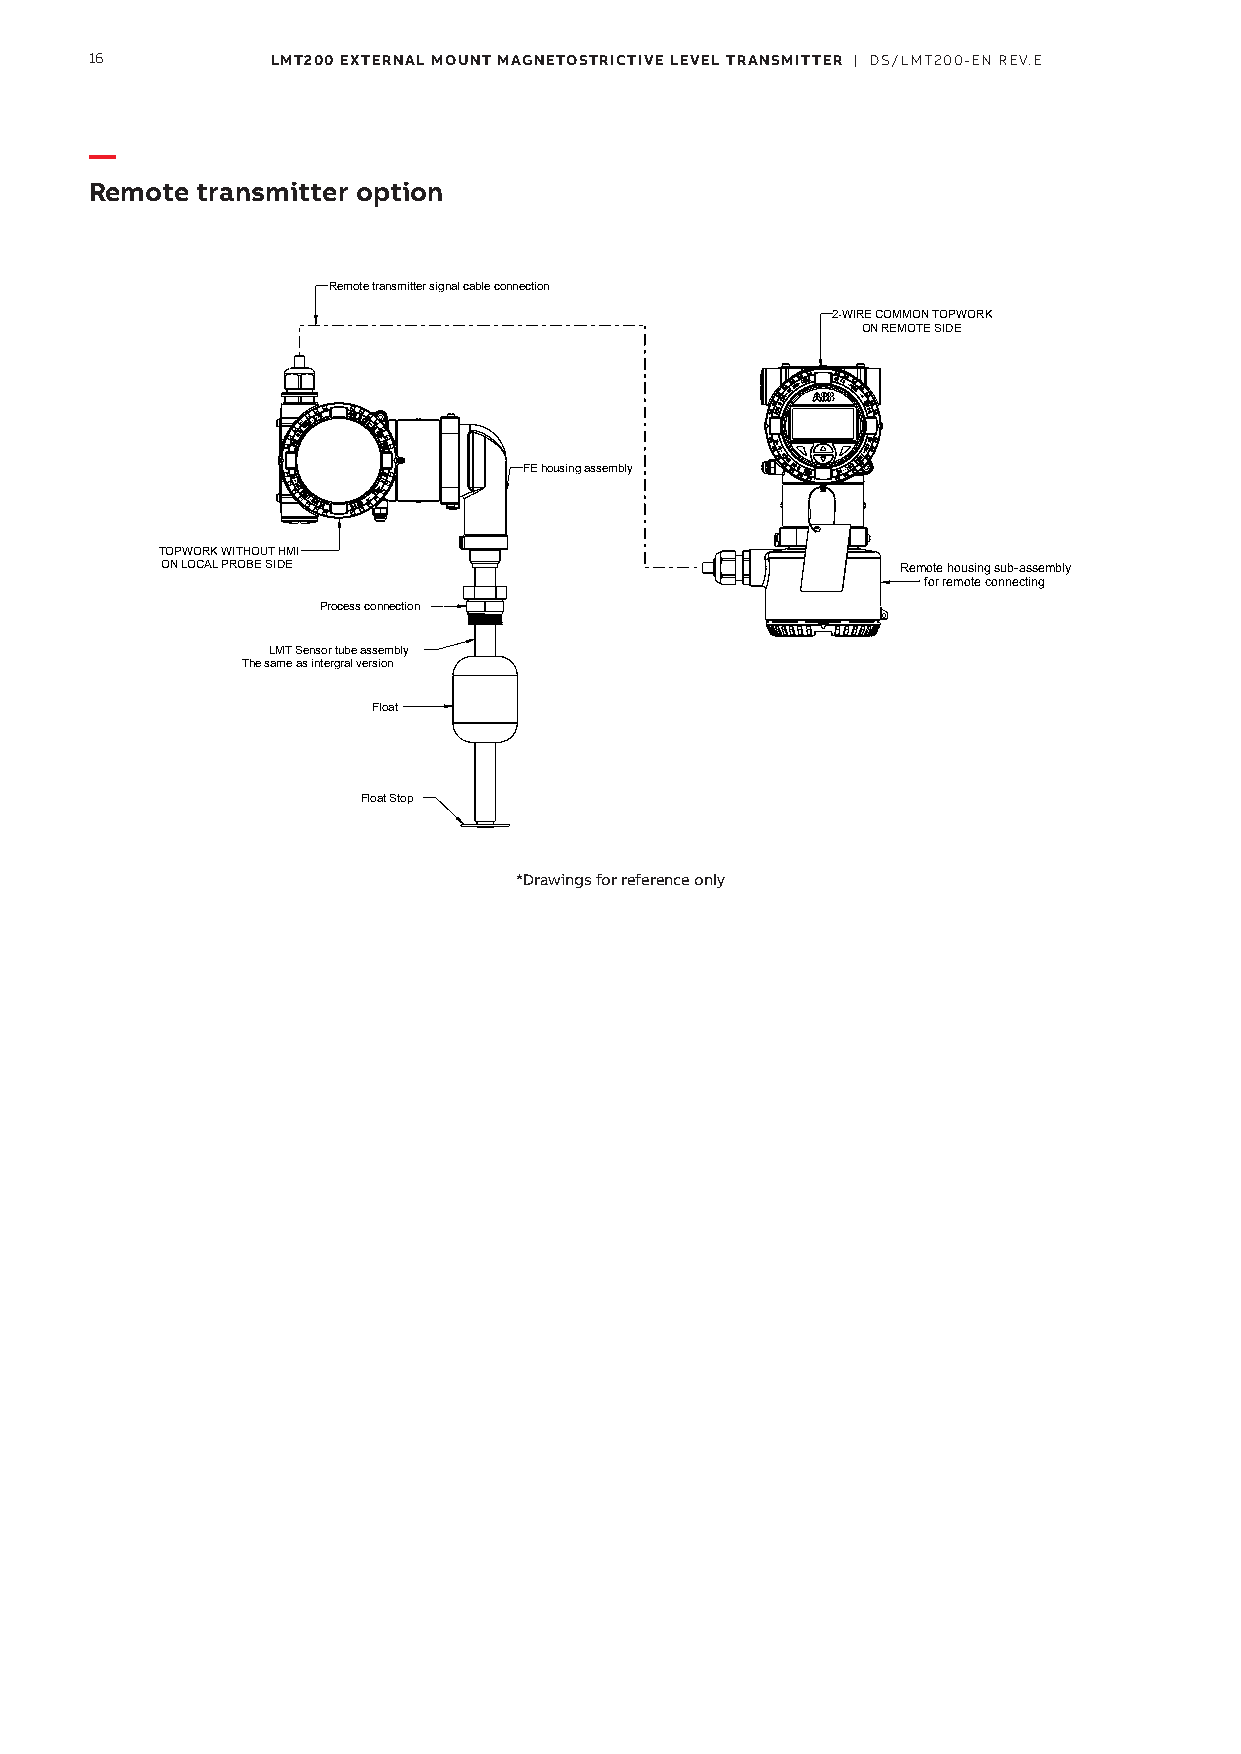
16          LMT200 EXTERNAL MOUNT MAGNETOSTRICTIVE LEVEL TRANSMITTER | DS/LMT200-EN REV.E
 —
 Remote transmitter option
 Remote transmitter signal cable connection
 2-WIRE COMMON TOPWORK
 ON REMOTE SIDE
 FE housing assembly
 TOPWORK WITHOUT HMI
 ON LOCAL PROBE SIDE                              Remote housing sub-assembly
 for remote connecting
 Process connection
 LMT Sensor tube assembly
 The same as intergral version
 Float
 Float Stop
 *Drawings for reference only